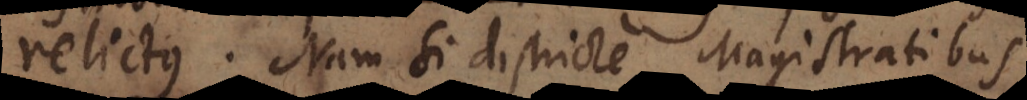
relictus. Nam si districte Magistratibus